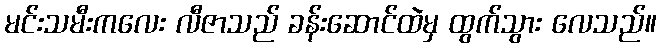
မင်းသမီးကလေး လီဇာသည် ခန်းဆောင်ထဲမှ ထွက်သွား လေသည်။